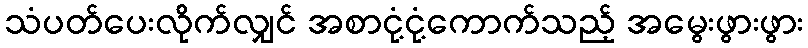
သံပတ်ပေးလိုက်လျှင် အစာငုံ့ငုံ့ကောက်သည့် အမွေးဖွားဖွား